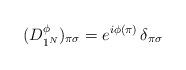
LaTeX: \begin{align*}(D^{\phi}_{1^N})_{\pi\sigma} = e^{i\phi(\pi)}\,\delta_{\pi\sigma}\end{align*}